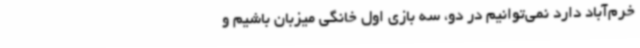
خرم‌آباد دارد نمی‌توانیم در دو، سه بازی اول خانگی میزبان باشیم و